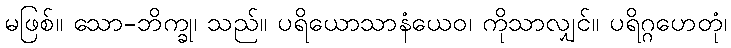
မဖြစ်။ သော-ဘိက္ခု၊ သည်။ ပရိယောသာနံယေဝ၊ ကိုသာလျှင်။ ပရိဂ္ဂဟေတုံ၊